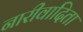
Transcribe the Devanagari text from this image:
नारीवादिता